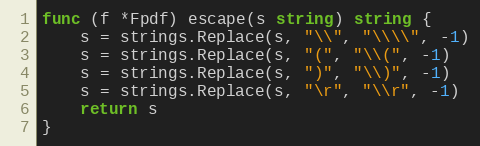
Language: Go
func (f *Fpdf) escape(s string) string {
	s = strings.Replace(s, "\\", "\\\\", -1)
	s = strings.Replace(s, "(", "\\(", -1)
	s = strings.Replace(s, ")", "\\)", -1)
	s = strings.Replace(s, "\r", "\\r", -1)
	return s
}